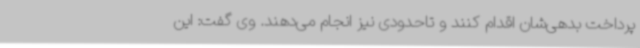
پرداخت بدهی‌شان اقدام کنند و تاحدودی نیز انجام می‌دهند. وی گفت: این